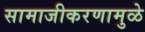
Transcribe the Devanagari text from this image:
सामाजीकरणामुळे